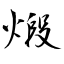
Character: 煅